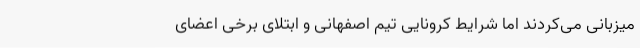
میزبانی می‌کردند اما شرایط کرونایی تیم اصفهانی و ابتلای برخی اعضای